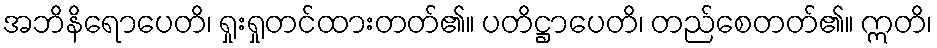
အဘိနိရောပေတိ၊ ရှုးရှုတင်ထားတတ်၏။ ပတိဋ္ဌာပေတိ၊ တည်စေတတ်၏။ ဣတိ၊